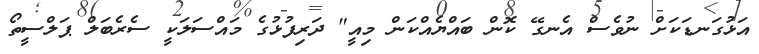
އަޅުގަނޑަކަށް ނުވެސް އެނގޭ ކޮން ބައްޔެއްކަން މިއީ" ދަރިފުޅުގެ މައްސަލަކީ ސެރެބަލް ޕަލްސީތޯ